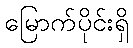
မြောက်ပိုင်းရှိ